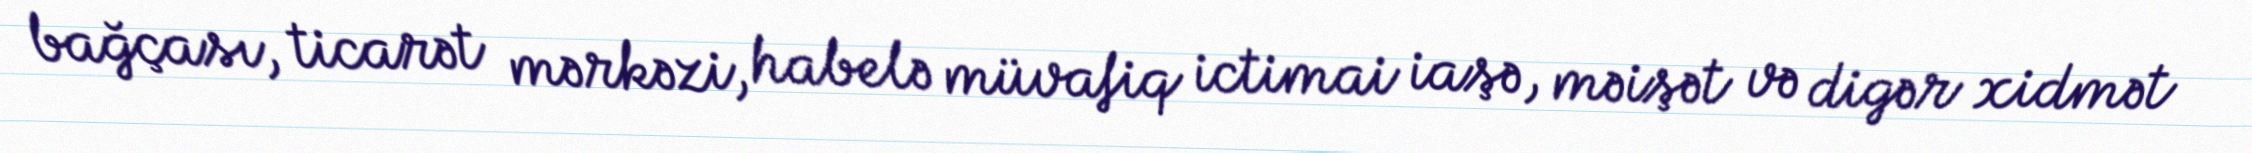
bağçası, ticarət mərkəzi, habelə müvafiq ictimai iaşə, məişət və digər xidmət